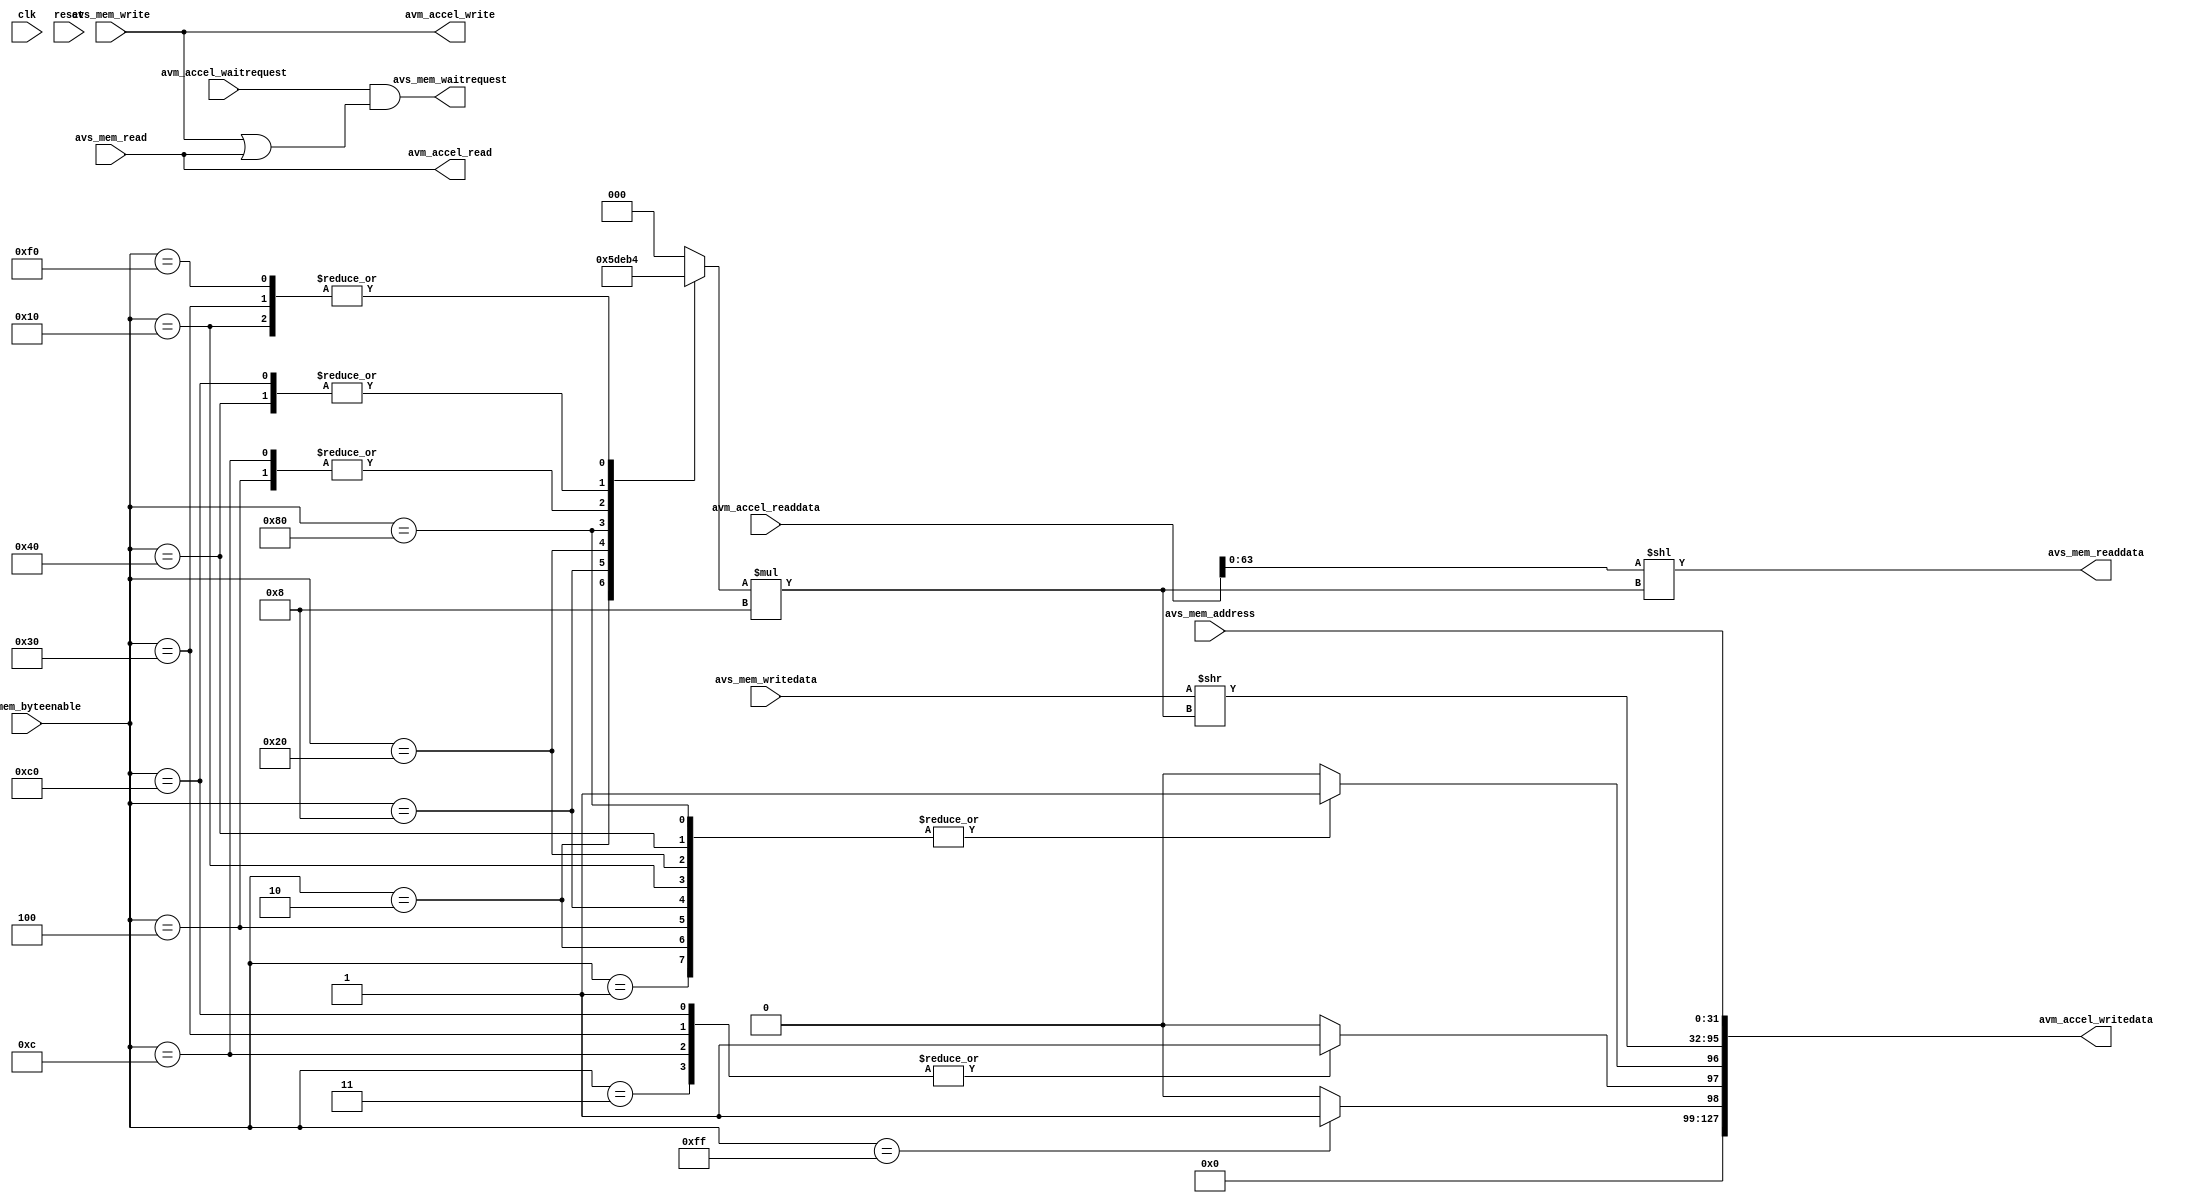
module avm_accel_mem_bridge (
    //qsys inputs
    input clk,
    input reset,

    //accel outputs
    output [127:0] avm_accel_writedata,
    output avm_accel_write,
    output avm_accel_read,
    input [127:0] avm_accel_readdata,
    input avm_accel_waitrequest,

    //mem inputs
    output avs_mem_waitrequest,
    input [31:0] avs_mem_address,
    output [63:0] avs_mem_readdata,
    input avs_mem_read,
    input avs_mem_write,
    input [63:0] avs_mem_writedata,
    input [7:0] avs_mem_byteenable
);

reg        mem8, mem16, mem32, mem64;
reg [2:0]  mta_byteSel_32bit;

assign avm_accel_writedata[96] = mem8;
assign avm_accel_writedata[97] = mem16;
assign avm_accel_writedata[98] = mem64;

// unused
assign avm_accel_writedata[127:99] = 0;

assign avm_accel_write = avs_mem_write;
assign avm_accel_read = avs_mem_read;

always @ (*)
begin
  mem8 = 1'b0;
  mem16 = 1'b0;
  mem64 = 1'b0;
  case (avs_mem_byteenable)
    8'b00000001:
    begin
      mem8 = 1'b1;
      mta_byteSel_32bit = 3'd0;
    end
    8'b00000010:
    begin
      mem8 = 1'b1;
      mta_byteSel_32bit = 3'd1;
    end
    8'b00000100:
    begin
      mem8 = 1'b1;
      mta_byteSel_32bit = 3'd2;
    end
    8'b00001000:
    begin
      mem8 = 1'b1;
      mta_byteSel_32bit = 3'd3;
    end
    8'b00010000:
    begin
      mem8 = 1'b1;
      mta_byteSel_32bit = 3'd4;
    end
    8'b00100000:
    begin
      mem8 = 1'b1;
      mta_byteSel_32bit = 3'd5;
    end
    8'b01000000:
    begin
      mem8 = 1'b1;
      mta_byteSel_32bit = 3'd6;
    end
    8'b10000000:
    begin
      mem8 = 1'b1;
      mta_byteSel_32bit = 3'd7;
    end
    8'b00000011:
    begin
      mem16 = 1'b1;
      mta_byteSel_32bit = 3'd0;
    end
    8'b00001100:
    begin
      mem16 = 1'b1;
      mta_byteSel_32bit = 3'd2;
    end
    8'b00110000:
    begin
      mem16 = 1'b1;
      mta_byteSel_32bit = 3'd4;
    end
    8'b11000000:
    begin
      mem16 = 1'b1;
      mta_byteSel_32bit = 3'd6;
    end
    8'b00001111:
    begin
      // mem32 is implicit
      mta_byteSel_32bit = 3'd0;
    end
    8'b11110000:
    begin
      // mem32 is implicit
      mta_byteSel_32bit = 3'd4;
    end
    8'b11111111:
    begin
      mem64 = 1'b1;
      mta_byteSel_32bit = 3'd0;
    end
    default:
      mta_byteSel_32bit = 3'b0;
  endcase
end

//set address in writedata
assign avm_accel_writedata[31:0] = avs_mem_address;
//concatenate readdata with byteenable shifted version 
assign avs_mem_readdata = avm_accel_readdata[63:0] << (mta_byteSel_32bit * 8);
//set actual writedata to middle 64 bits
assign avm_accel_writedata[95:32] = avs_mem_writedata >> (mta_byteSel_32bit * 8);
//set waitrequest
assign avs_mem_waitrequest = avm_accel_waitrequest & (avs_mem_write | avs_mem_read);

endmodule